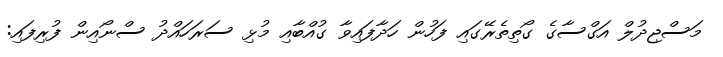
މަސްޖިދުލް އަގްސާގެ ގޯތިތެރޭގައި ފަހުން ހަދާފައިވާ ގުއްބާއި މުޅި ސަރަހައްދު ސްނޯއިން ފުރިފައި: